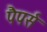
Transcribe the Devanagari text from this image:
पैपर्स